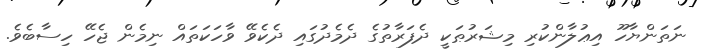
ނަތަންޔާހޫ އިޢުލާންކުރި މިޝަރުޠަކީ ދެފަރާތުގެ ދެމެދުގައި ދެކެވޭ ވާހަކަތައް ނިމެން ޖެހޭ ހިސާބެވެ.